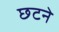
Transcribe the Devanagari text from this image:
छटने